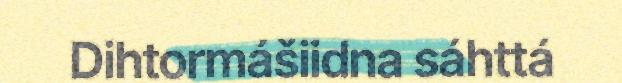
Dihtormášiidna sáhttá